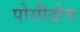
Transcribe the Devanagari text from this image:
पोसीदोन